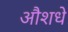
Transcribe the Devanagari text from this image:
औशधे